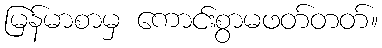
မြန်မာစာမှ ကောင်းစွာမဖတ်တတ်။